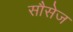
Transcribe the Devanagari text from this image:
सौसेज